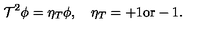
{ \cal T } ^ { 2 } \phi = \eta _ { T } \phi , \quad \eta _ { T } = + 1 \mathrm { o r } - 1 .